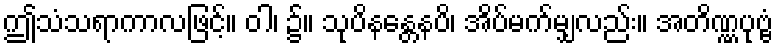
ဤသံသရာကာလဖြင့်။ ဝါ၊ ၌။ သုပိနန္တေနပိ၊ အိပ်မက်မျှလည်း။ အတိဏ္ဏပုဗ္ဗံ